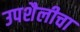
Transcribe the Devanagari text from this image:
उपशैलीचा